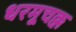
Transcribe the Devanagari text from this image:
धरमूचक्क